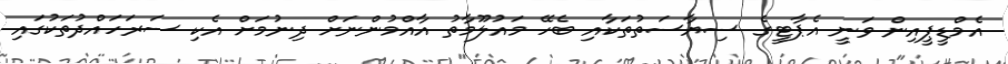
އެމްޑީޕީއިން ވަނީ އެޕާޓީގެ ސިޔާސަތުތަކާއި ބެހޭ މައުލޫމާތު އާއްމުންނަށް ދިނުމަށް އެކި ސަރަހައްދުތަކުގައި